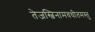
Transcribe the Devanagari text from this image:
तेजस्विनामवधीतमस्तु